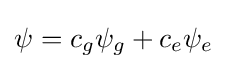
\psi =c_{g}\psi _{g}+c_{e}\psi _{e}